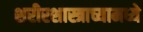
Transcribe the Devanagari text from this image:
शरीरशास्त्राच्यामध्ये